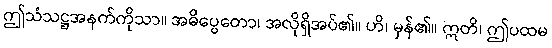
ဤသံသဋ္ဌအနက်ကိုသာ။ အဓိပ္ပေတော၊ အလိုရှိအပ်၏။ ဟိ၊ မှန်၏။ ဣတိ၊ ဤပထမ